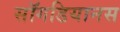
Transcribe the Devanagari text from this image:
सॉगडियानस